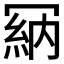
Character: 𠖘